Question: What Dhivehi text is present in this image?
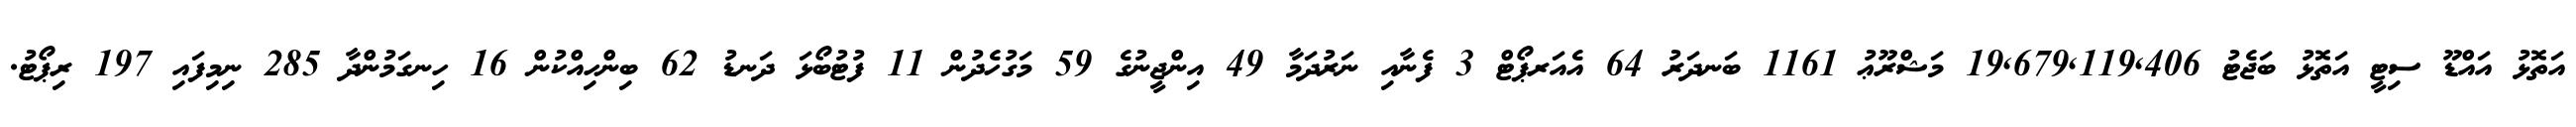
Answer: އަތޮޅު އައްޑޫ ސިޓީ އަތޮޅު ބަޖެޓު 19,679,119,406 މަޝްރޫޢު 1161 ބަނދަރު 64 އެއަރޕޯޓް 3 ފެނާއި ނަރުދަމާ 49 އިންޖީނުގެ 59 މަގުހެދުން 11 ފުޓުބޯޅަ ދަނޑު 62 ބިންހިއްކުން 16 ހިނގަމުންދާ 285 ނިމިފައި 197 ރިޕޯޓު.